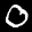
Label: 0